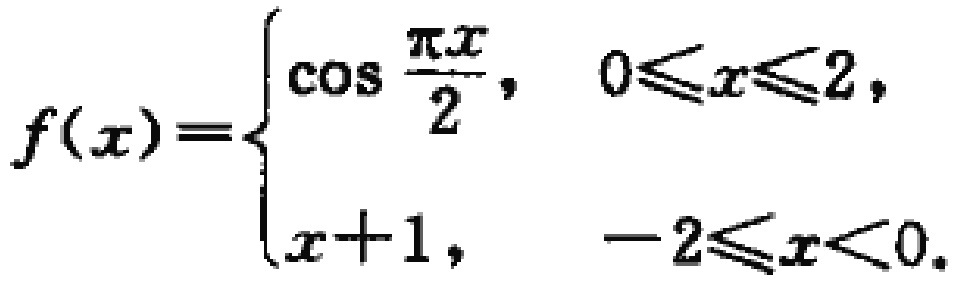
\[
f(x)=
\begin{cases}
\cos\frac{\pi x}{2},&0\leqslant x\leqslant 2,\\
x + 1,&-2\leqslant x<0.
\end{cases}
\]